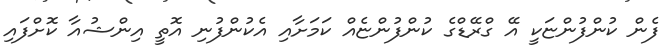
ފެން ކުންފުންޏަކީ އޭ ގްރޭޑްގެ ކުންފުންޏެއް ކަމަށާއި އެކުންފުނި އޮތީ އިންޝުއާ ކޮށްފައި